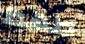
طھط